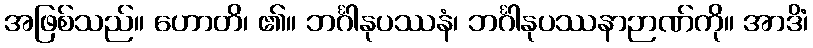
အဖြစ်သည်။ ဟောတိ၊ ၏။ ဘင်္ဂါနုပဿနံ၊ ဘင်္ဂါနုပဿနာဉာဏ်ကို။ အာဒိံ၊